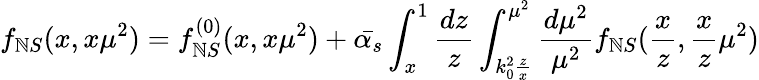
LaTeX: f_{\mathbb{N}S}(x,x\mu^{2})=f_{\mathbb{N}S}^{(0)}(x,x\mu^{2})+\bar{{\alpha_{s}}}\int_{x}^{1}\frac{{dz}}{{z}}\int_{k_{0}^{2}\frac{{z}}{{x}}}^{\mu^{2}}\frac{{d\mu^{2}}}{{\mu^{2}}}f_{\mathbb{N}S}(\frac{{x}}{{z}},\frac{{x}}{{z}}\mu^{2})